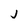
Character: j